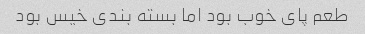
طعم پای خوب بود اما بسته بندی خیس بود